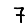
Digit: 7